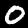
Digit: 0